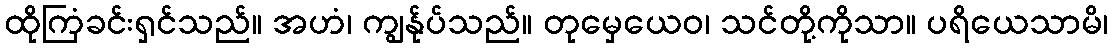
ထိုကြံခင်းရှင်သည်။ အဟံ၊ ကျွန်ုပ်သည်။ တုမှေယေဝ၊ သင်တို့ကိုသာ။ ပရိယေသာမိ၊